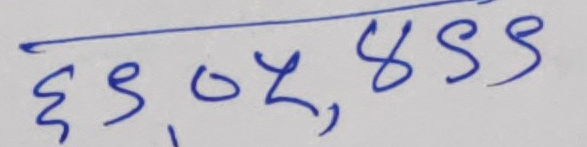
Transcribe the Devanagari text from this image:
६९०५,४४९